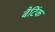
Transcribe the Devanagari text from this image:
बैटिंक